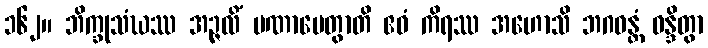
၁၆၂။ ဘိက္ခုသံဃဿ အဉ္ဇလိံ ပဏာမေတွာတိ ဧဝံ ကိရဿ အဟောသိ ဘဂဝန္တံ ဝန္ဒိတွာ